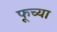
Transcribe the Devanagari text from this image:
फूच्या